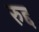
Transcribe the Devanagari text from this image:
रुद्द